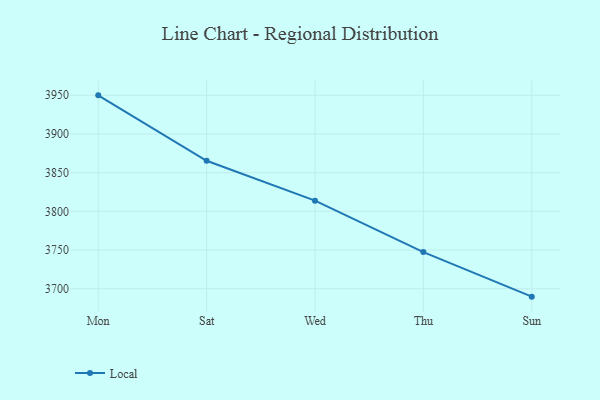
{"axis": {"x": "Day", "y": "Website Visitors"}, "legend": ["Local"], "data": [{"x": "Mon", "y": 3949.9, "type": "Local"}, {"x": "Sat", "y": 3865.4, "type": "Local"}, {"x": "Wed", "y": 3813.8, "type": "Local"}, {"x": "Thu", "y": 3747.4, "type": "Local"}, {"x": "Sun", "y": 3689.8, "type": "Local"}]}